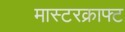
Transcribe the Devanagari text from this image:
मास्टरक्राफ्ट